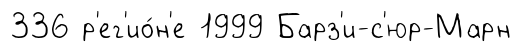
336 р'ег'ио́н'е 1999 Барз'и-с'юр-Марн